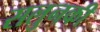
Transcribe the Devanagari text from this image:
सलुनकी